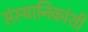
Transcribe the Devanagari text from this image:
संस्थानिकांशी